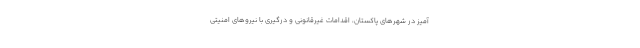
آمیز در شهرهای پاکستان، اقدامات غیرقانونی و درگیری با نیروهای امنیتی